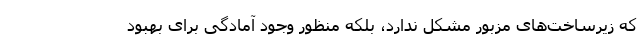
که زیرساخت‌های مزبور مشکل ندارد، بلکه منظور وجود آمادگی برای بهبود